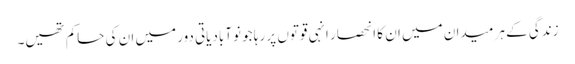
زندگی کے ہر میدان میں ان کا انحصار انہی قوتوں پر رہا جو نوآبادیاتی دور میں ان کی حاکم تھیں۔